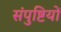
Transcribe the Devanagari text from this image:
संपुष्टियों